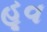
હૂવ